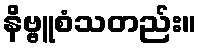
နိဗ္ဗူစံသတည်း။